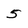
Character: 5